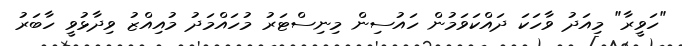
"ހަވީރާ" މިއަދު ވާހަކަ ދައްކަވަމުން ހައުސިން މިނިސްޓަރު މުހައްމަދު މުއިއްޒު ވިދާޅުވީ ހާބަރު